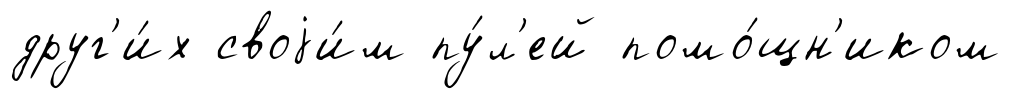
друг'и́х своjи́м пу́л'ей помо́щн'иком